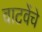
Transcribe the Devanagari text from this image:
वाटवेंचे